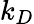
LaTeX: k_{D}